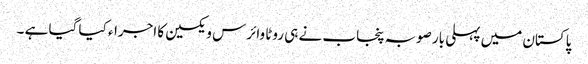
پاکستان میں پہلی بار صوبہ پنجاب نے ہی روٹا وائرس ویکسین کا اجراء کیا گیا ہے ۔